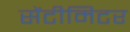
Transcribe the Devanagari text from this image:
सेंटीमिटर